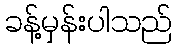
ခန့်မှန်းပါသည်